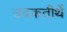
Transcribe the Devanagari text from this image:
उदकतीर्थे